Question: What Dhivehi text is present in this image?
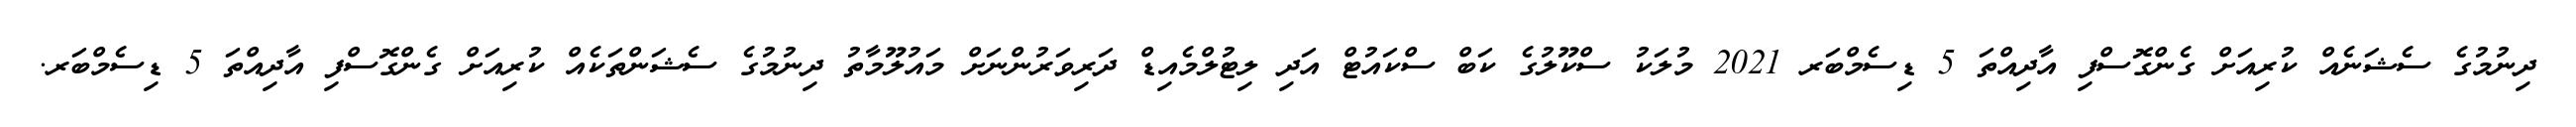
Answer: ދިނުމުގެ ސެޝަނެއް ކުރިއަށް ގެންގޮސްފި އާދިއްތަ 5 ޑިސެމްބަރ 2021 މުލަކު ސްކޫލުގެ ކަބް ސްކައުޓް އަދި ލިޓުލްމެއިޑް ދަރިވަރުންނަށް މައުލޫމާތު ދިނުމުގެ ސެޝަންތަކެއް ކުރިއަށް ގެންގޮސްފި އާދިއްތަ 5 ޑިސެމްބަރ.